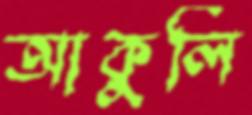
আকুলি